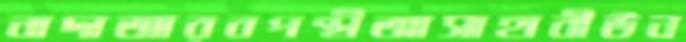
নাদাআরবপন্থীআসাহাবীউন